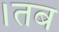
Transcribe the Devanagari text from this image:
।तब